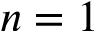
n = 1